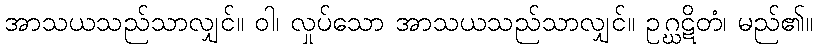
အာသယသည်သာလျှင်။ ဝါ၊ လှုပ်သော အာသယသည်သာလျှင်။ ဥဂ္ဃဋိတံ၊ မည်၏။